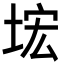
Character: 㙆